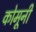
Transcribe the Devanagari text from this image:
कोमूनी